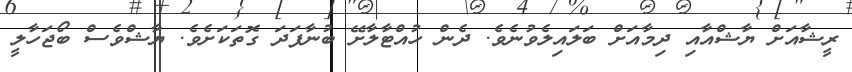
ރީޝާއަށް ޔާޝްއާއި ދިމާއަށް ބަލައިލެވުނެވެ. ދެން ހުއްޓާލާށޭ ބުނާފަދަ ގޮތަކަށެވެ. ޔާޝްވެސް ބޯޖަހާލީ